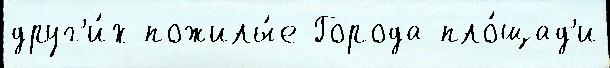
друг'и́х пожилы́е Города пло́щад'и